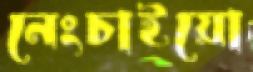
নেংচাইয়ো